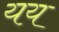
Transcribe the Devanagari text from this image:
यय